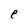
Character: e